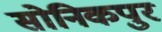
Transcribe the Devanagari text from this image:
सोनिकपुर